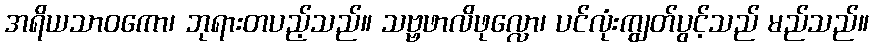
အရိယသာဝကော၊ ဘုရားတပည့်သည်။ သဗ္ဗဖာလိဖုလ္လော၊ ပင်လုံးကျွတ်ပွင့်သည် မည်သည်။